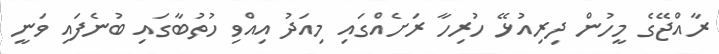
ރާއްޖޭގެ މީހުން ދިރިއުޅޭ ހުރިހާ ރަށެއްގައި މިއަދު އިއްވި ހުތުބާގައި ބުނެފައި ވަނީ